Senior Leaving Certificate Examination (including Day School Certificate (Higher) General paper), 1948
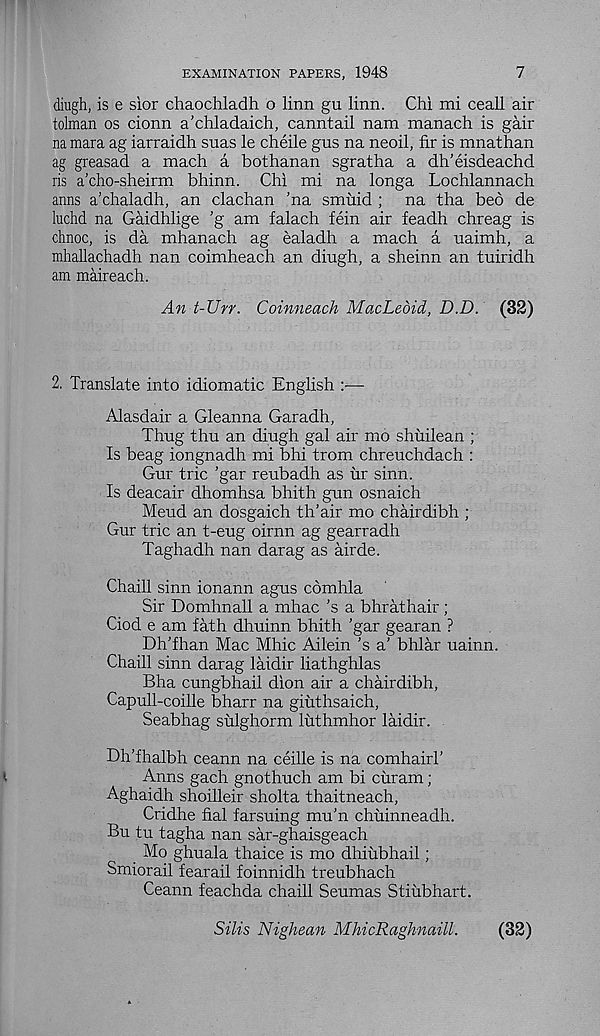
EXAMINATION PAPERS, 1948
7
diugh, is e sior chaochladh o linn gu linn. Chi mi ceall air
tolman os cionn a’chladaich, canntail nam manach is gair
na mara ag iarraidh suas le cheile gus na neoil, fir is mnathan
ag greasad a mach a bothanan sgratha a dh’eisdeachd
ris a’cho-sheirm bhinn. Chi mi na longa Lochlannach
anns a’chaladh, an clachan ’na smuid ; na tha bed de
luchd na Gaidhlige 'g am falach fein air feadh chreag is
chnoc, is da mhanach ag ealadh a mach a uaimh, a
mhallachadh nan coimheach an diugh, a sheinn an tuiridh
am maireach.
An t-Urr. Coinneach MacLedid, D.D. (32)
2. Translate into idiomatic English :—
Alasdair a Gleanna Garadh,
Thug thu an diugh gal air mo shuilean ;
Is beag iongnadh mi bhi trom chreuchdach :
Gur trie ’gar reubadh as ur sinn.
Is deacair dhomhsa bhith gun osnaich
Meud an dosgaich th’air mo chairdibh ;
Gur trie an t-eug oirnn ag gearradh
Taghadh nan darag as airde.
Chaill sinn ionann agus comhla
Sir Domhnall a mhac’s a bhrathair ;
Ciod e am fath dhuinn bhith ’gar gearan ?
Dh’fhan Mac Mhic Ailein’s a’ bhlar uainn.
Chaill sinn darag laidir liathghlas
Bha cungbhail dion air a chairdibh,
Capull-coille bharr na giuthsaich,
Seabhag sulghorm luthmhor laidir.
Dh’fhalbh ceann na ceille is na comhairT
Anns gach gnothuch am bi curam;
Aghaidh shoilleir sholta thaitneach,
Cridhe fial farsuing mu’n chuinneadh.
Bu tu tagha nan sar-ghaisgeach
Mo ghuala thaice is mo dhiubhail;
Smiorail fearail foinnidh treubhach
Ceann feachda chaill Seumas Stiubhart.
Silts Nighean MhicRaghnaill.
(32)